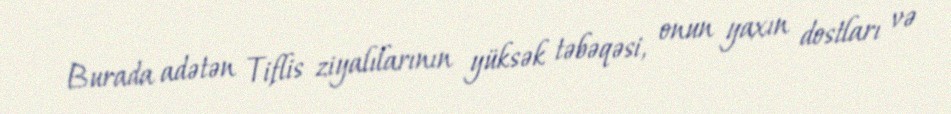
Burada adətən Tiflis ziyalılarının yüksək təbəqəsi, onun yaxın dostları və